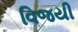
વિજયી